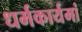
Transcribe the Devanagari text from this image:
धर्मकार्यमां